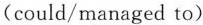
(could/managed to)